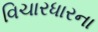
વિચારધારના